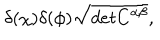
\delta ( \chi ) \delta ( \phi ) \sqrt { d e t C ^ { \alpha \beta } } ,